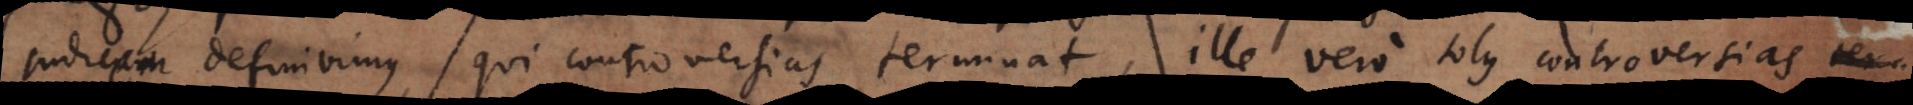
judicem definivimus, qui controversias terminat, ille vero solus controversias